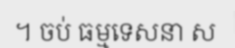
។ ចប់ ធម្មទេសនា ស